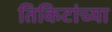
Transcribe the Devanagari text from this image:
तिकिटांच्या